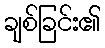
ချစ်ခြင်း၏